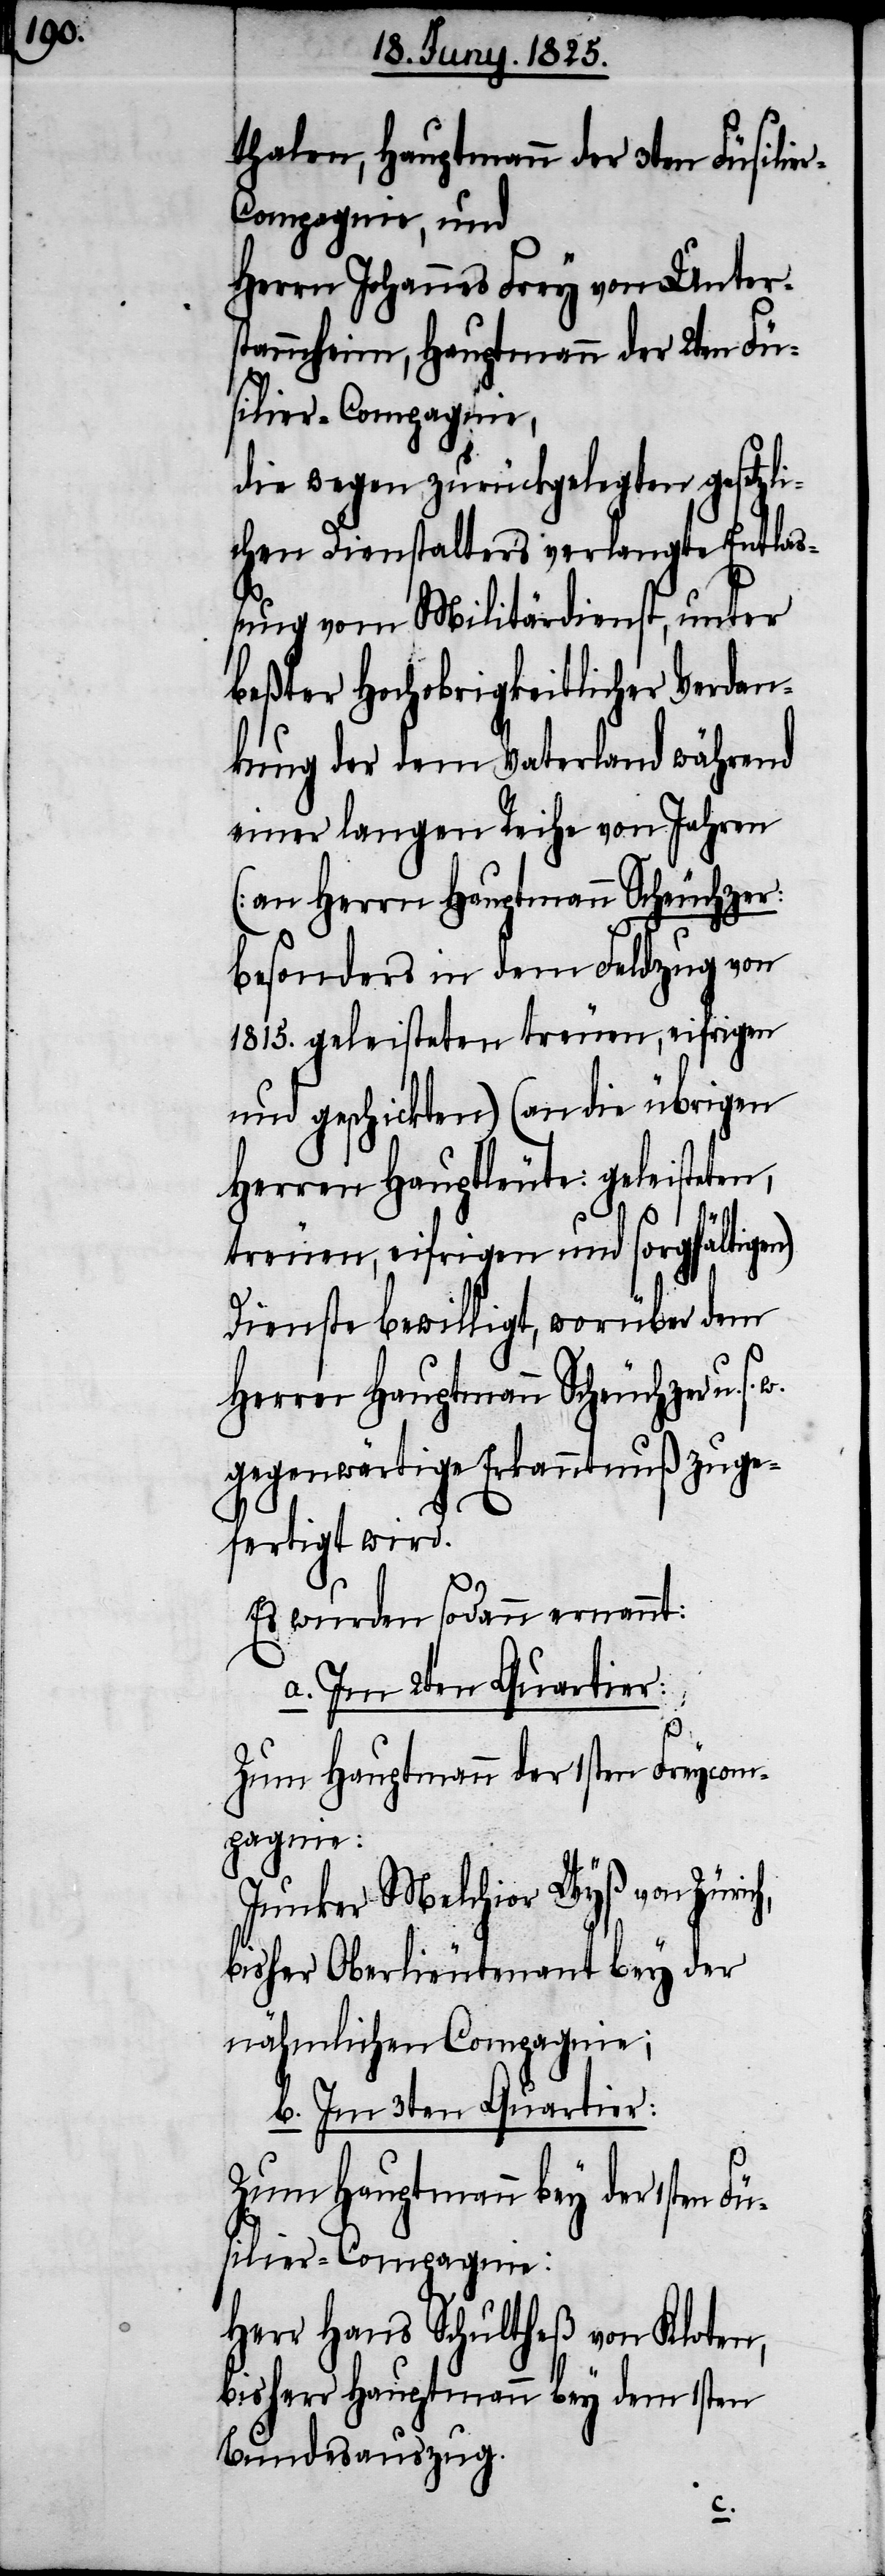
thalen, Hauptmann der 3ten Füsili¬
r-Compagnie, und
Herrn Johannes Frey von Unter¬
stammheim, Hauptmann der 2ten Fü¬
üsilir-Compagnie:
die wegen zurückgelegten gesetzli¬
chen Dienstalters verlangte Entlaß¬
ung vom Militärdienst, unter
beßter Hochobrigkeitlicher Verdan¬
kung der dem Vaterland während
seiner langen Reihe von Jahren
Herrn Hauptmann Scheuchzer
besonders in dem Feldzug von
1815. geleisteten treuen, eifrigen
und geschickten) (an die übrigen
Herren Hauptleute: geleisteten,
treuen, eifrigen und sorgfältigen)
ch,
Dienste bewilligt, worüber dem
gegenwärtige Erkanntnuß zuge¬
fertigt wird.
Es wurden sodann ernannt:
a. Im 2ten Quartier:
Zum Hauptmann der 1sten Freycom¬
pagnie:
Junker Melchior Wyß von Züri¬
bisher Oberlieutenant bey der
nähmlichen Compagnie;
b. Im 3ten Quartier:
Zum Hauptmann bey der 1sten F¬
Herr Hans Schultheß von Kloten,
bisher Hauptmann bey dem 1sten
Bundesauszug.